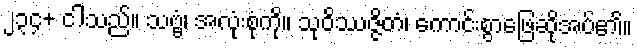
၂၃၄+ ငါသည်။ သဗ္ဗံ၊ အလုံးစုံကို။ သုဝိဿဇ္ဇိတံ၊ ကောင်းစွာဖြေဆိုအပ်၏။